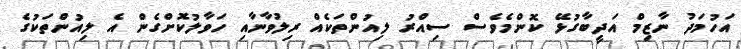
އަހުމަދު ނާޒިމް އަދީބާގުޅޭ ކޮންމެވެސް ސިއްރު ލިއުންތަކެއް ރިލުވާނާއި ހަވާލުކޮށްގެން އެ ލިއުންތަކުގެ